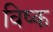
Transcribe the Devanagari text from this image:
विष्क